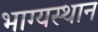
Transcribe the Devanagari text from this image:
भाग्यस्थान